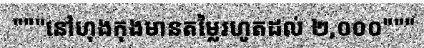
"""នៅហុងកុងមានតម្លៃរហូតដល់ ២,០០០"""